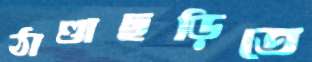
ঠাণ্ডাছড়িতে